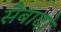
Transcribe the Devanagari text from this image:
सैबादो